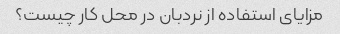
مزایای استفاده از نردبان در محل کار چیست؟